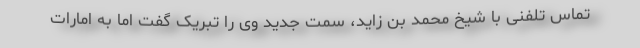
تماس تلفنی با شیخ محمد بن زاید، سمت جدید وی را تبریک گفت اما به امارات